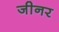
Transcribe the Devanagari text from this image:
जीनर